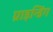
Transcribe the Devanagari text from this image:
ग्राइन्डिंग